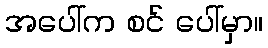
အပေါ်က စင် ပေါ်မှာ။